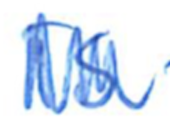
Text: is
Cross-out: zig-zag
Writing tool: ballpoint